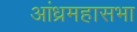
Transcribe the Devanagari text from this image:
आंध्रमहासभा